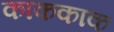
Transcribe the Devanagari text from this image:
काककाक